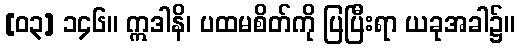
[၀၃] ၁၄၆။ ဣဒါနိ၊ ပထမစိတ်ကို ပြပြီးရာ ယခုအခါ၌။